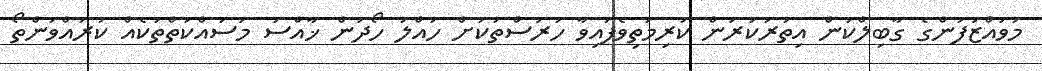
މުވައްޒަފުންގެ ގާބިލްކަން އިތުރުކުރަން ކުރިމަތިވެފައިވާ ހުރަސްތަކަށް ހައްލު ހޯދަން ޚާއްސަ މަސައްކަތްތަކެއް ކުރައްވަންތޯ